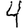
Digit: 4